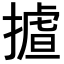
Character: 𢳛